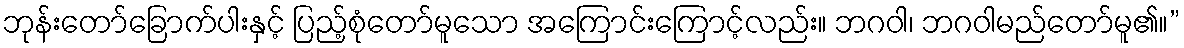
ဘုန်းတော်ခြောက်ပါးနှင့် ပြည့်စုံတော်မူသော အကြောင်းကြောင့်လည်း။ ဘဂဝါ၊ ဘဂဝါမည်တော်မူ၏။”